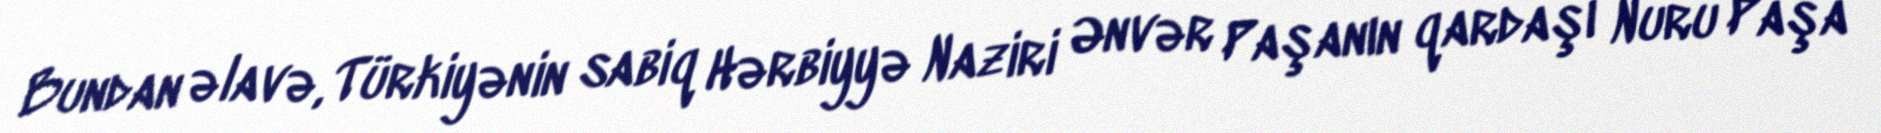
Bundan əlavə, Türkiyənin sabiq Hərbiyyə Naziri Ənvər Paşanın qardaşı Nuru Paşa